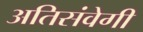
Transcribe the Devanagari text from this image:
अतिसंवेगी